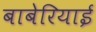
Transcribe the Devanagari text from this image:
बाबेरियाई